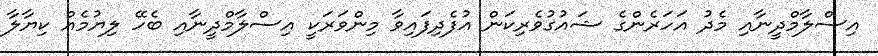
އިސްލާމްދީނާއި މެދު އަހަރެންގެ ޝައުގުވެރިކަން އުފެދިފައިވާ މިންވަރަކީ އިސްލާމްދީނާއި ބެހޭ ލިޔުމެއް ކިޔާލާ